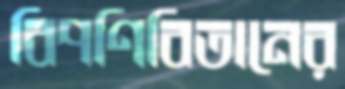
বিপণিবিতানের